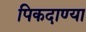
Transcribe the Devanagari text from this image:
पिकदाण्या